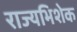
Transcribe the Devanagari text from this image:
राज्यभिशेक